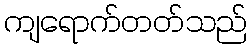
ကျရောက်တတ်သည်